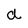
Character: d